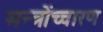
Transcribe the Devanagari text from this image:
मन्त्रोंच्चारण